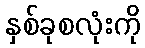
နှစ်ခုစလုံးကို